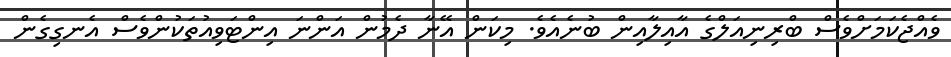
ވެއްޖެކަމަށްވެސް ބްރިނިއަލްގެ އާއިލާއިން ބުނެއެވެ. މިކަން އޭނާ ދެމުން އަންނަ އިންޓަވިއުތަކުންވެސް އެނގިގެން